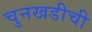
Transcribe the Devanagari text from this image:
चुनखडीची